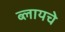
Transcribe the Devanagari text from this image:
ब्लायचे